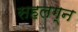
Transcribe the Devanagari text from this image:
सहलग्न